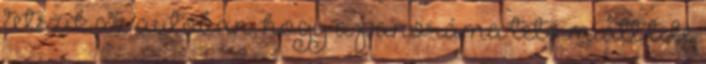
tetszik az autóban, hogy a panoráma tető miatt tele